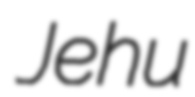
Jehu